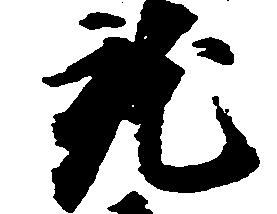
就